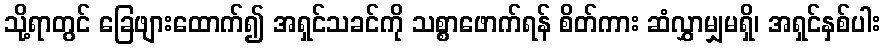
သို့ရာတွင် ခြေဖျားထောက်၍ အရှင်သခင်ကို သစ္စာဖောက်ရန် စိတ်ကား ဆံလွှာမျှမရှိ၊ အရှင်နှစ်ပါး